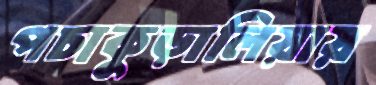
পচাকুড়ালিয়ায়